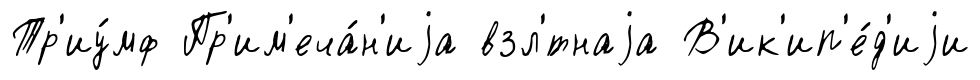
Тр'иу́мф Пр'им'еча́н'иjа взл'́тнаjа В'ик'ип'е́д'иjи